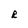
Character: R